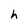
Character: h